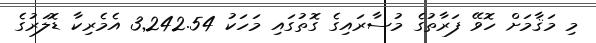
މި މަޤާމަށް ހޮވޭ ފަރާތުގެ މުސާރައިގެ ގޮތުގައި މަހަކު 3